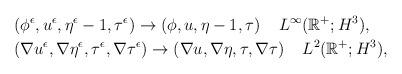
LaTeX: \begin{align*} &(\phi^\epsilon,u^\epsilon,\eta^\epsilon-1,\tau^\epsilon)\rightarrow(\phi,u,\eta-1,\tau) \;\;\;\; L^{\infty}(\mathbb{R}^+;H^3),\\ &(\nabla u^\epsilon,\nabla\eta^\epsilon,\tau^\epsilon, \nabla\tau^\epsilon)\rightarrow(\nabla u,\nabla\eta,\tau, \nabla\tau) \;\;\;\; L^2(\mathbb{R}^+;H^3), \end{align*}